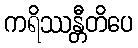
ကရိဿန္တီတိပေ